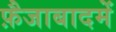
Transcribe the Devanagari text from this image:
फ़ैजाबादमें